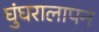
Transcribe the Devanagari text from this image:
घुंघरालापन